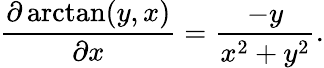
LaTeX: {\frac{\partial\arctan(y,x)}{\partial x}}={\frac{-y}{x^{2}+y^{2}}}.